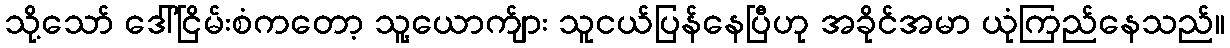
သို့သော် ဒေါ်ငြိမ်းစံကတော့ သူ့ယောက်ျား သူငယ်ပြန်နေပြီဟု အခိုင်အမာ ယုံကြည်နေသည်။